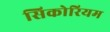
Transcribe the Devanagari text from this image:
सिकोरियम